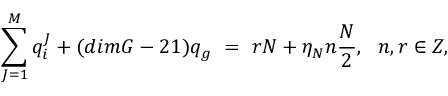
\sum _ { J = 1 } ^ { M } q _ { i } ^ { J } + ( d i m G - 2 1 ) q _ { g } \ = \ r N + \eta _ { N } n \frac { N } { 2 } , \ \ n , r \in Z ,